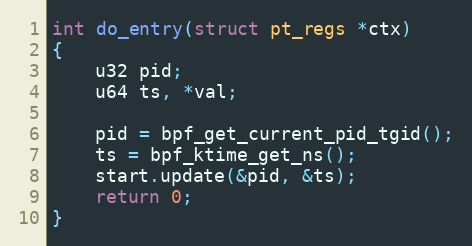
Language: C
int do_entry(struct pt_regs *ctx)
{
	u32 pid;
	u64 ts, *val;

	pid = bpf_get_current_pid_tgid();
	ts = bpf_ktime_get_ns();
	start.update(&pid, &ts);
	return 0;
}